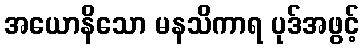
အယောနိသော မနသိကာရ ပုဒ်အဖွင့်